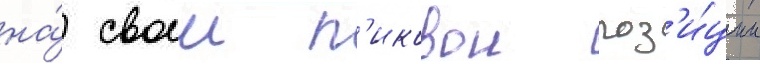
на́ своеи п'иковои поз'и́ции